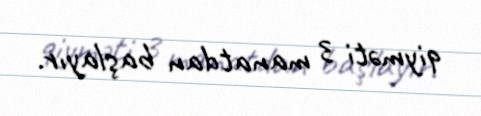
qiyməti 3 manatdan başlayır.